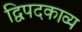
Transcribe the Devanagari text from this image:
द्विपदकाव्य